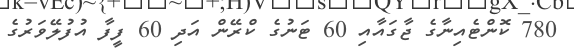
780 ކޮންޓެއިނާގެ ޖާގައާއި 60 ޓަނުގެ ކްރޭން އަދި 60 ފީފާ އުފުލޭވަރުގެ